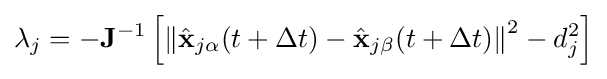
\mathbf {\lambda } _{j}=-\mathbf {J} ^{-1}\left[\left\|{\hat {\mathbf {x} }}_{j\alpha }(t+\Delta t)-{\hat {\mathbf {x} }}_{j\beta }(t+\Delta t)\right\|^{2}-d_{j}^{2}\right]